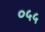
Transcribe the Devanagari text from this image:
०५५